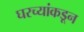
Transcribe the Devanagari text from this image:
घरच्यांकडून